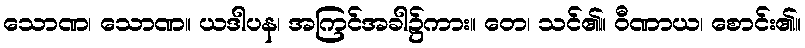
သောဏ၊ သောဏ။ ယဒါပန၊ အကြင်အခါ၌ကား။ တေ၊ သင်၏။ ဝီဏာယ၊ စောင်း၏။